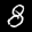
Label: 8